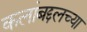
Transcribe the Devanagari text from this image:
कलांबद्दलच्या